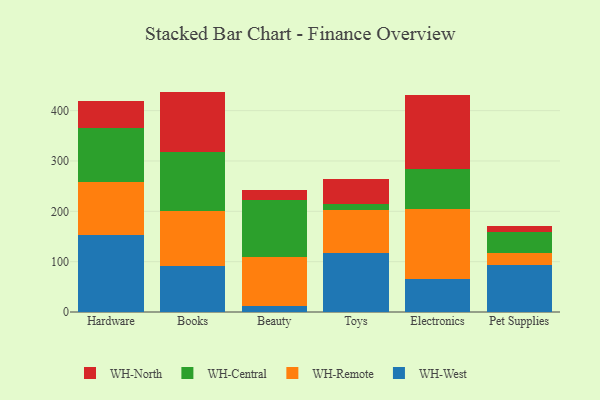
{"axis": {"x": "Category", "y": "Energy Usage (MWh)"}, "legend": ["WH-Central", "WH-North", "WH-Remote", "WH-West"], "data": [{"x": "Hardware", "y": 153.3, "type": "WH-West"}, {"x": "Hardware", "y": 105.4, "type": "WH-Remote"}, {"x": "Hardware", "y": 106.9, "type": "WH-Central"}, {"x": "Hardware", "y": 54.2, "type": "WH-North"}, {"x": "Books", "y": 91.8, "type": "WH-West"}, {"x": "Books", "y": 108.6, "type": "WH-Remote"}, {"x": "Books", "y": 116.8, "type": "WH-Central"}, {"x": "Books", "y": 120.6, "type": "WH-North"}, {"x": "Beauty", "y": 11.3, "type": "WH-West"}, {"x": "Beauty", "y": 97.0, "type": "WH-Remote"}, {"x": "Beauty", "y": 114.4, "type": "WH-Central"}, {"x": "Beauty", "y": 19.0, "type": "WH-North"}, {"x": "Toys", "y": 117.1, "type": "WH-West"}, {"x": "Toys", "y": 85.4, "type": "WH-Remote"}, {"x": "Toys", "y": 12.1, "type": "WH-Central"}, {"x": "Toys", "y": 48.9, "type": "WH-North"}, {"x": "Electronics", "y": 66.4, "type": "WH-West"}, {"x": "Electronics", "y": 137.5, "type": "WH-Remote"}, {"x": "Electronics", "y": 80.4, "type": "WH-Central"}, {"x": "Electronics", "y": 146.6, "type": "WH-North"}, {"x": "Pet Supplies", "y": 92.9, "type": "WH-West"}, {"x": "Pet Supplies", "y": 23.6, "type": "WH-Remote"}, {"x": "Pet Supplies", "y": 42.7, "type": "WH-Central"}, {"x": "Pet Supplies", "y": 11.6, "type": "WH-North"}]}